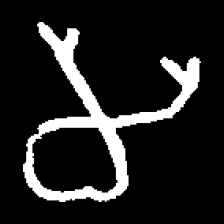
Pyu character \u2014 Myanmar letter: မ (romanized: ma)